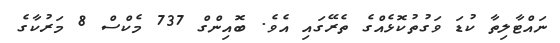
ނައްޓާލިތާ ކުޑަ ވަގުތުކޮޅެއްގެ ތެރޭގައި އެވެ. ބޮއިންގް 737 މެކްސް 8 މަރުކާގެ